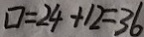
\square = 2 4 + 1 2 = 3 6